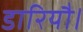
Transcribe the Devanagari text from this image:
डारियौ।